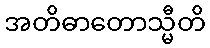
အတိဓာတောသ္မီတိ